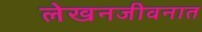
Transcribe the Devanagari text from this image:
लेखनजीवनात